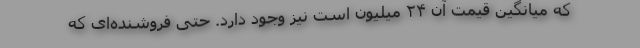
که میانگین قیمت آن ۲۴ میلیون است نیز وجود دارد. حتی فروشنده‌ای که